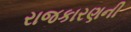
રાજકારણની